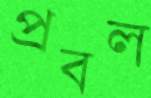
প্রবল